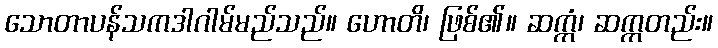
သောတာပန်သကဒါဂါမ်မည်သည်။ ဟောတိ၊ ဖြစ်၏။ ဆက္ကံ၊ ဆက္ကတည်း။